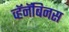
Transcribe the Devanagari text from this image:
व्हॅनॅबिनस